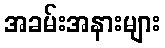
အခမ်းအနားများ